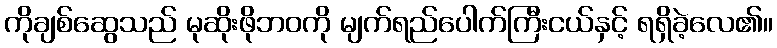
ကိုချစ်ဆွေသည် မုဆိုးဖိုဘဝကို မျက်ရည်ပေါက်ကြီးငယ်နှင့် ရရှိခဲ့လေ၏။